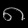
Digit: ၈